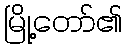
မြို့တော်၏